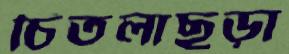
চিতলাছড়া